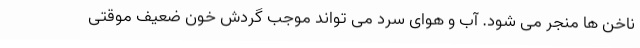
ناخن ها منجر می شود. آب و هوای سرد می تواند موجب گردش خون ضعیف موقتی